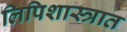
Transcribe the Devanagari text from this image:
लिपिशास्त्रात